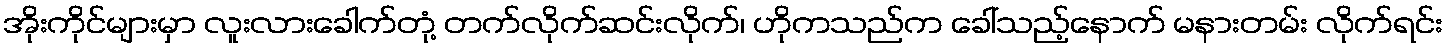
အိုးကိုင်များမှာ လူးလားခေါက်တုံ့ တက်လိုက်ဆင်းလိုက်၊ ဟိုကသည်က ခေါ်သည့်နောက် မနားတမ်း လိုက်ရင်း